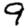
Digit: 9